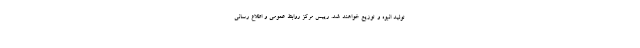
تولید انبوه و توزیع خواهند شد. رییس مرکز روابط عمومی و اطلاع رسانی